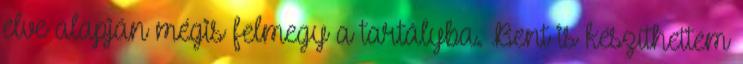
elve alapján mégis felmegy a tartályba. Bent is készíthettem